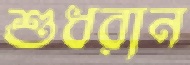
শুধরান